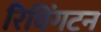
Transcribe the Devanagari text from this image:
रिविंगटन